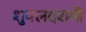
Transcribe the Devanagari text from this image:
शुक्लदशमी